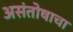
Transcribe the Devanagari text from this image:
असंतोषाचा